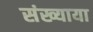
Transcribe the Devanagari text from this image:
संख्याया